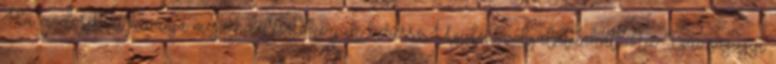
Ha módosítani kívánja megrendelését, kérjük keresse Ügyfélszolgálatunkat. Az Igazságügyi